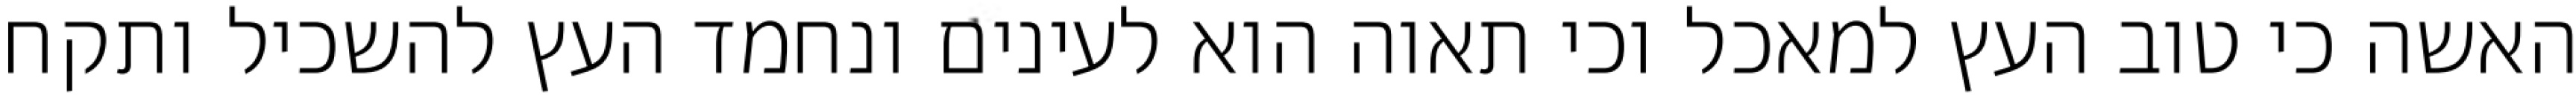
האשה כי טוב העץ למאכל וכי תאוה הוא לעינים ונחמד העץ להשכיל ותקח